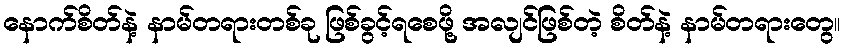
နောက်စိတ်နဲ့ နာမ်တရားတစ်ခု ဖြစ်ခွင့်ရစေဖို့ အလျင်ဖြစ်တဲ့ စိတ်နဲ့ နာမ်တရားတွေ။